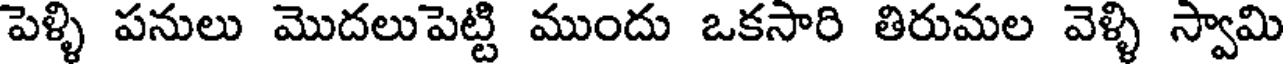
పెళ్ళి పనులు మొదలుపెట్టి ముందు ఒకసారి తిరుమల వెళ్ళి స్వామి